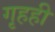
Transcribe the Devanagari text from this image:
गृहही